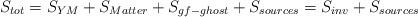
LaTeX: \begin{align*}S_{tot}=S_{YM}+S_{Matter}+S_{gf-ghost}+S_{sources}=S_{inv}+S_{sources}\end{align*}